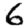
Digit: 6